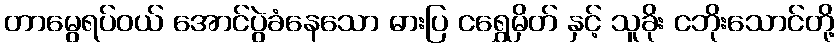
တာမွေရပ်ဝယ် အောင်ပွဲခံနေသော ဓားပြ ငရွှေမှိတ် နှင့် သူခိုး ငဘိုးသောင်တို့